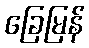
ခြေမြန်